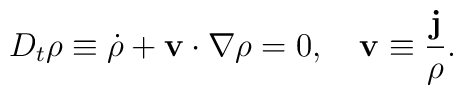
D_t \rho \equiv \dot{\rho} + {\bf v}\cdot \nabla \rho = 0, ~~~{\bf v} \equiv \frac{\bf j}{\rho}.